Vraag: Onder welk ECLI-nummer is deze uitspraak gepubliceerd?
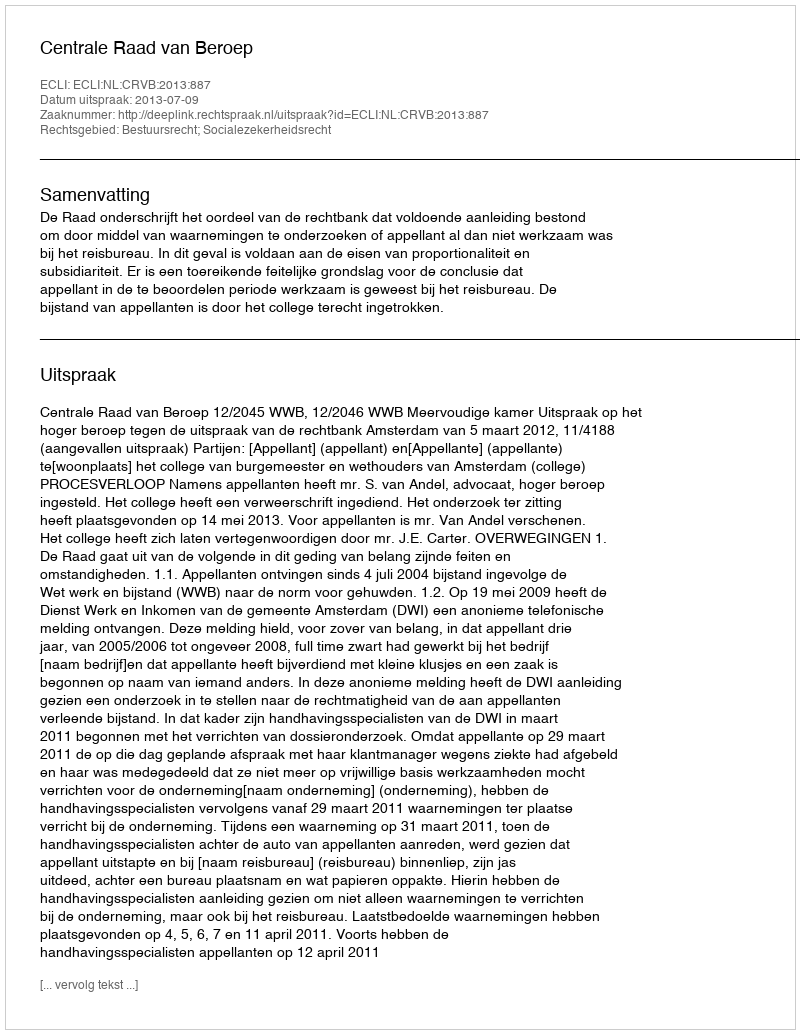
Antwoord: ECLI:NL:CRVB:2013:887